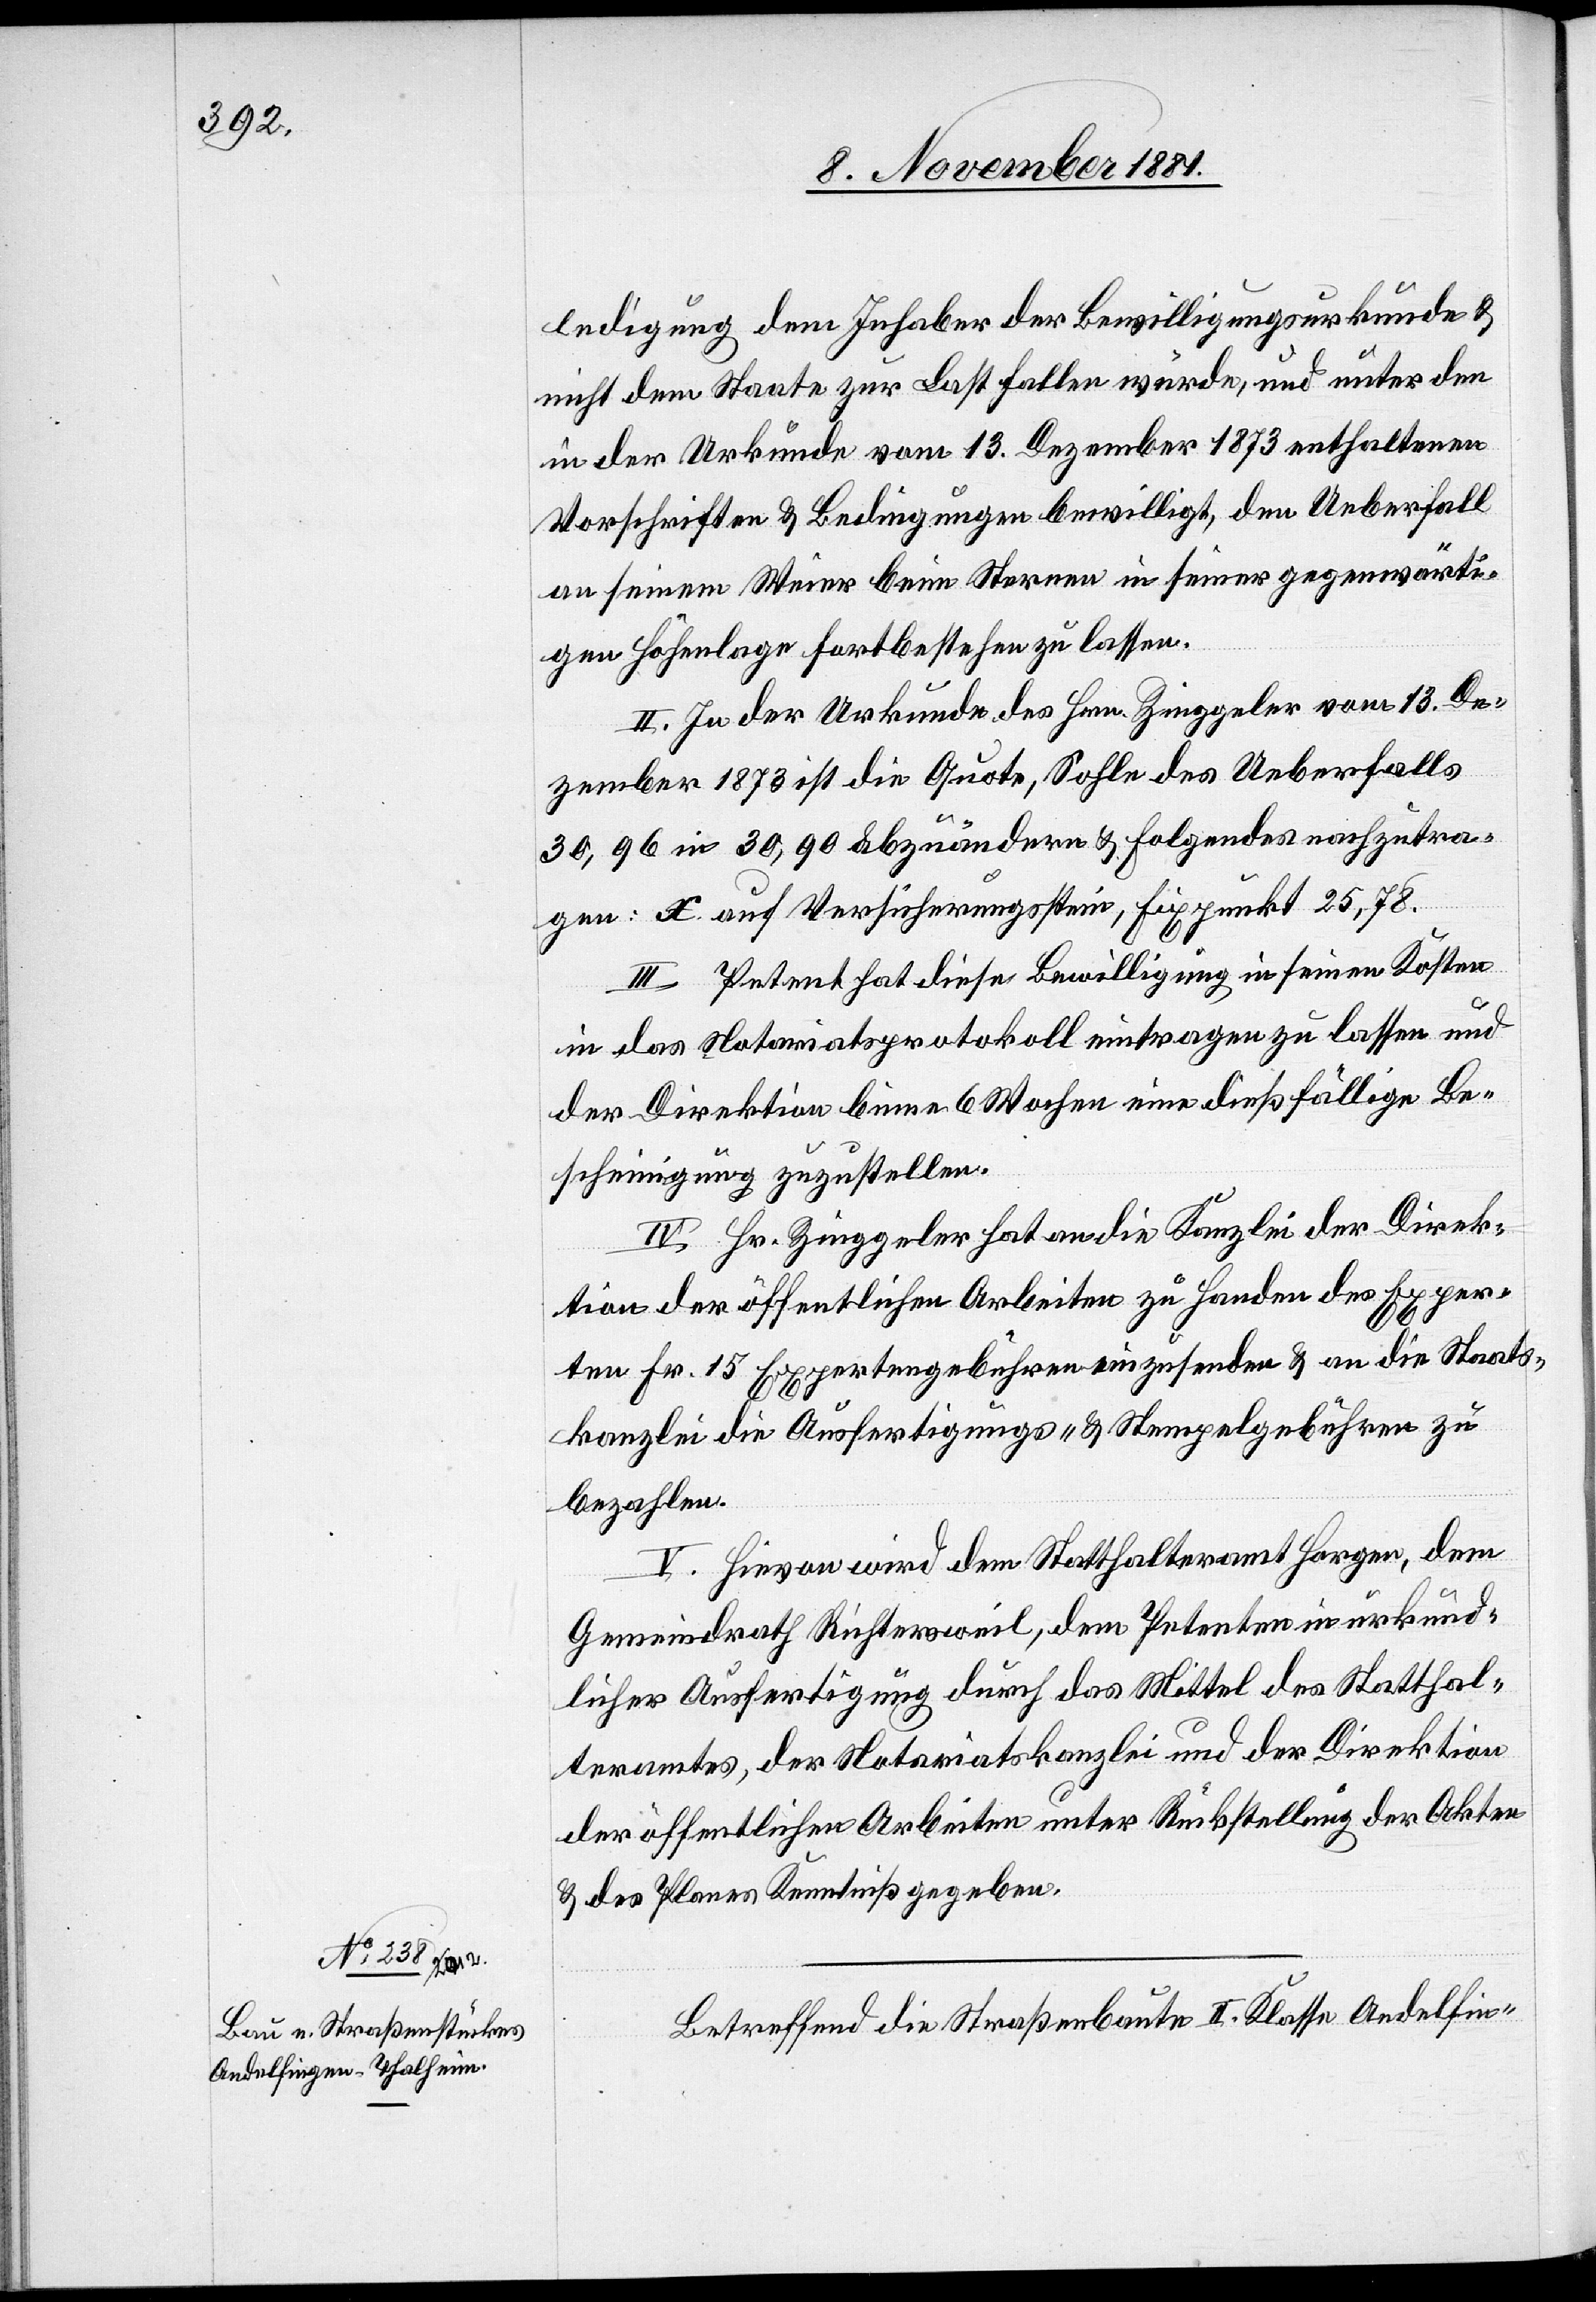
ledigung dem Inhaber der Bewilligungsurkunde &
nicht dem Staate zur Last fallen würde, und unter den
in der Urkunde vom 13. Dezember 1873 enthaltenen
Vorschriften & Bedingungen bewilligt, den Ueberfall
an seinem Weier beim Sternen in seiner gegenwärti¬
gen Höhenlage fortbestehen zu lassen.
II. In der Urkunde des Hrn. Zinggeler vom 13. De¬
zember 1873 ist die Quote, Sohle des Ueberfalls
30,96 in 30,90 abzuändern & Folgendes nachzutra¬
gen: X. auf Versicherungsstein, Fixpunkt 25,78.
III. Petent hat diese Bewilligung in seinen Kosten
in das Notariatsprotokoll eintragen zu lassen und
der Direktion binnen 6 Wochen eine dießfällige Be¬
scheinigung zuzustellen.
IV. Hr. Zinggeler hat an die Kanzlei der Direk¬
tion der öffentlichen Arbeiten zu Handen des Exper¬
ten Fr. 15 Expertengebühren einzusenden & an die Staats¬
kanzlei die Ausfertigungs- & Stempelgebühren zu
bezahlen.
V. Hievon wird dem Statthalteramt Horgen, dem
Gemeindrath Richtersweil, dem Petenten in urkund¬
licher Ausfertigung durch das Mittel des Statthal¬
teramtes, der Notariatskanzlei und der Direktion
der öffentlichen Arbeiten unter Rückstellung der Akten
& des Planes Kenntniß gegeben.
Betreffend die Straßenbaute II. Klasse Andelfin-